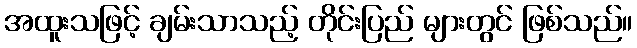
အထူးသဖြင့် ချမ်းသာသည့် တိုင်းပြည် များတွင် ဖြစ်သည်။